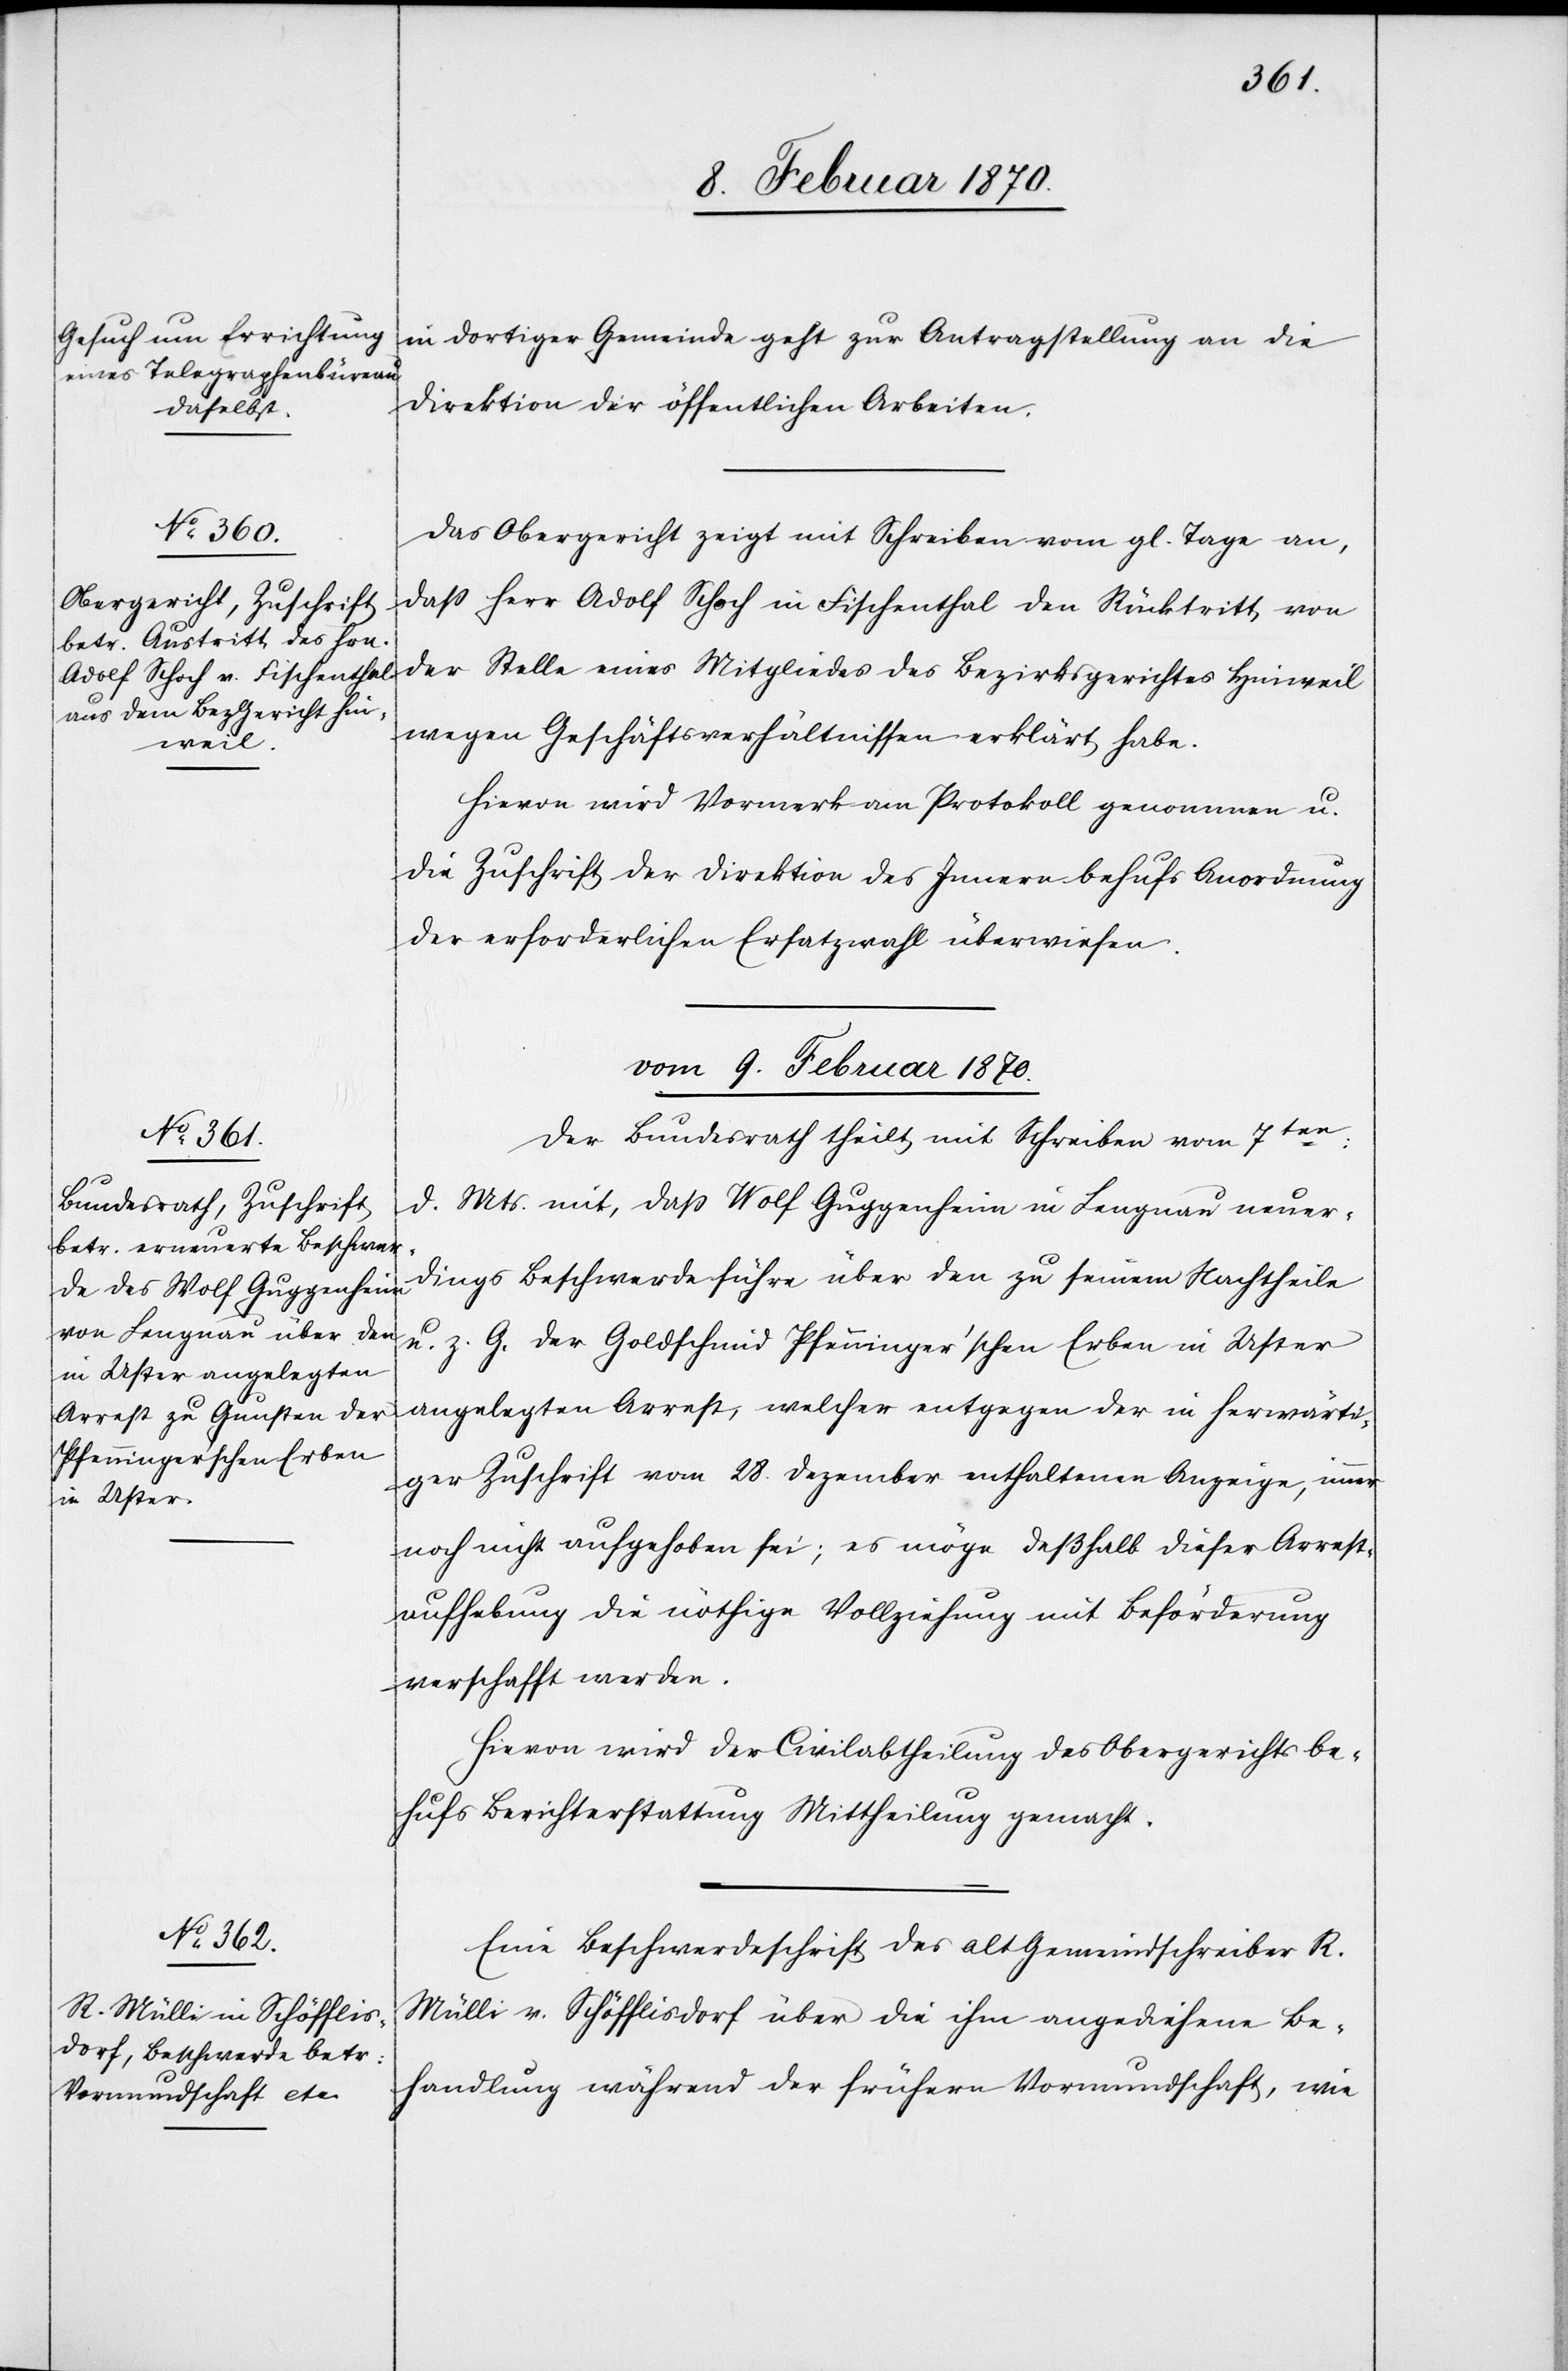
8. Februar 1870.]
in dortiger Gemeinde geht zur Antragstellung an die
Direktion der öffentlichen Arbeiten.
Das Obergericht zeigt mit Schreiben vom gl. Tage an,
daß Herr Adolf Schoch in Fischenthal den Rücktritt, von
der Stelle eines Mitgliedes des Bezirksgerichtes Hinweil
wegen Geschäftsverhältnissen erklärt habe.
Hievon wird Vormerk am Protokoll genommen u.
die Zuschrift der Direktion des Innern behufs Anordnun¬
g erforderlichen Ersatzwahl überwiesen.
vom 9. Februar 1870.]
Der Bundesrath theilt mit Schreiben vom 7ten:
d. Mts. mit, daß Wolf Guggenheim in Lengnau neuer¬
dings Beschwerde führe über den zu seinem Nachtheile
u. z. G. der Goldschmid Pfenninger’schen Erben in Uster
angelegten Arrest, welcher entgegen der in herwärti¬
ger Zuschrift vom 28. Dezember enthaltenen Anzeige, immer
noch nicht aufgehoben sei; es möge deßhalb dieser Arrest¬
aufhebung die nöthige Vollziehung mit Beförderung
verschafft werden.
Hievon wird der Civilabtheilung des Obergerichts be¬
hufs Berichterstattung Mittheilung gemacht.
Eine Beschwerdeschrift des alt Gemeindschreiber R.
Mülli v. Schöfflisdorf über die ihm angediehene Be¬
handlung während der frühern Vormundschaft, wie